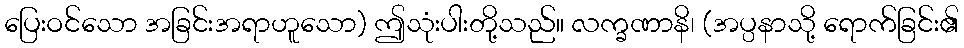
ပြေးဝင်သော အခြင်းအရာဟူသော) ဤသုံးပါးတို့သည်။ လက္ခဏာနိ၊ (အပ္ပနာသို့ ရောက်ခြင်း၏